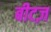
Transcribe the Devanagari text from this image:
बीटज़